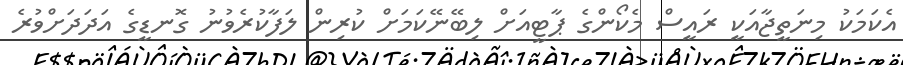
އެކަމަކު މިނަތީޖާއަކީ ރައީސް މެކޯންގެ ޕާޓީއަށް ލިބޭނޭކަމަށް ކުރިން ލަފާކުރެވުނު ގޮނޑީގެ އަދަދަށްވުރެ